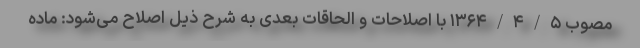
مصوب ۱۳۶۴/۴/۵ با اصلاحات و الحاقات بعدی به شرح ذیل اصلاح می‌شود: ماده